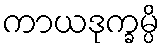
ကာယဒုက္ခမ္ပိ